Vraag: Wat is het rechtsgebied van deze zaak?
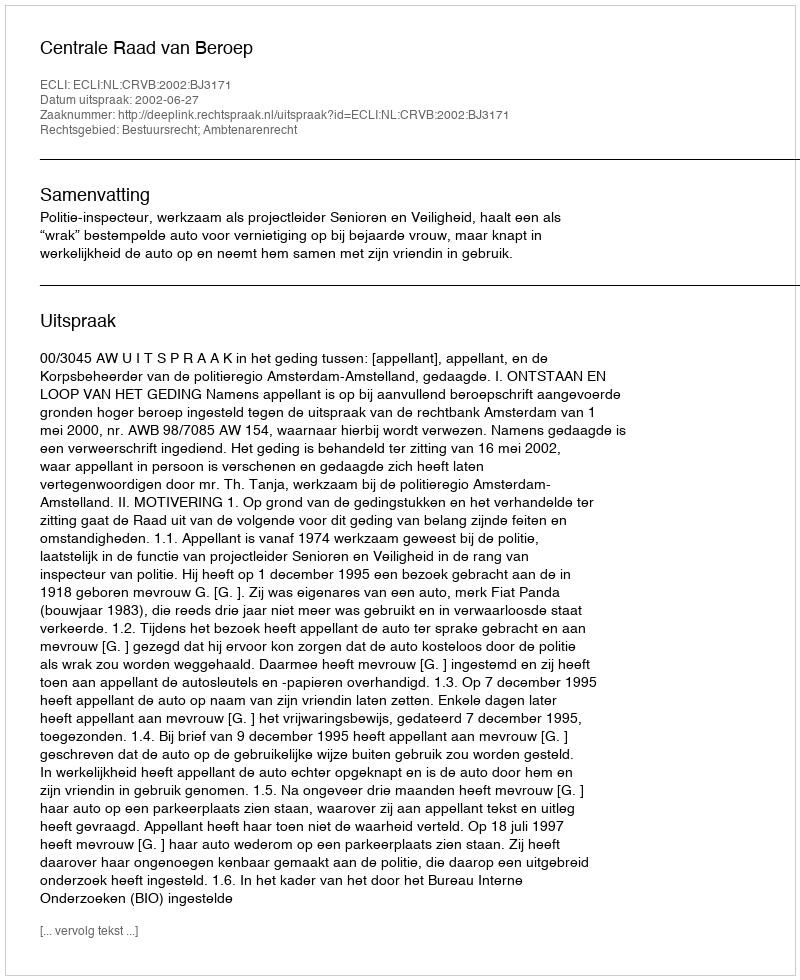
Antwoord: Bestuursrecht; Ambtenarenrecht